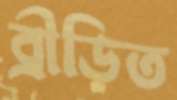
ব্রীড়িত